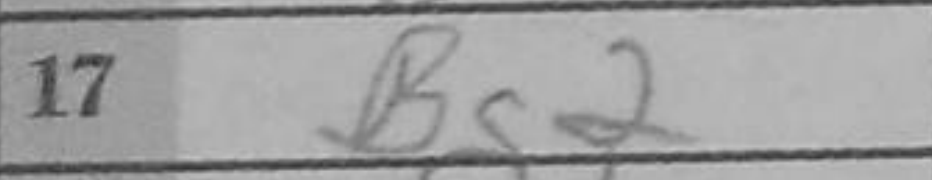
Transcription: Bg2